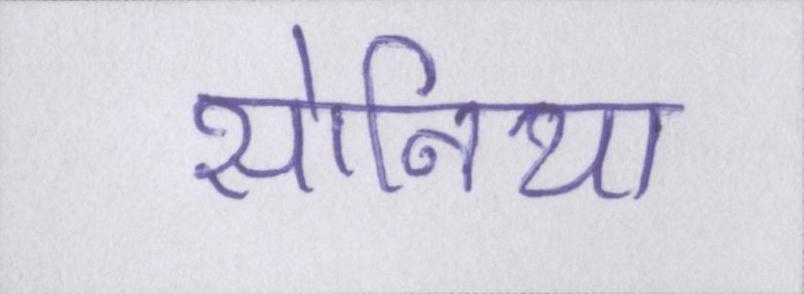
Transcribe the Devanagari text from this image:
सोनिया